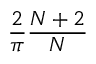
{ \frac { 2 } { \pi } } { \frac { N + 2 } { N } }